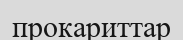
прокариттар